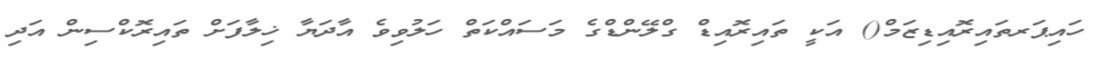
ހައިޕަރތައިރޮއިޑިޒަމް() އަކީ ތައިރޮއިޑް ގްލޭންޑްގެ މަސައްކަތް ހަލުވިވެ އާދަޔާ ޚިލާފަށް ތައިރޮކްސިން އަދި